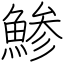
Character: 鯵